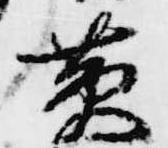
黄